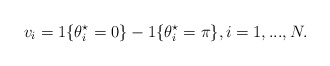
\begin{align*} v_i = 1\{\theta_i^\star=0\} - 1\{\theta_i^\star = \pi \}, i=1,...,N.\end{align*}